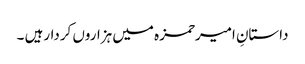
داستانِ امیرحمزہ میں ہزاروں کردارہیں ۔